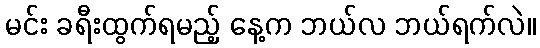
မင်း ခရီးထွက်ရမည့် နေ့က ဘယ်လ ဘယ်ရက်လဲ။